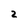
Character: 2